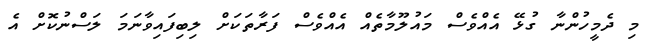
މި ދެމީހުންނާ ގުޅޭ އެއްވެސް މައުލޫމާތެއް އެއްވެސް ފަރާތަކަށް ލިބިފައިވާނަމަ ލަސްނުކޮށް އެ